Lunatic asylums Bombay report 1891-1903 - 1891-1903
Year: 1891
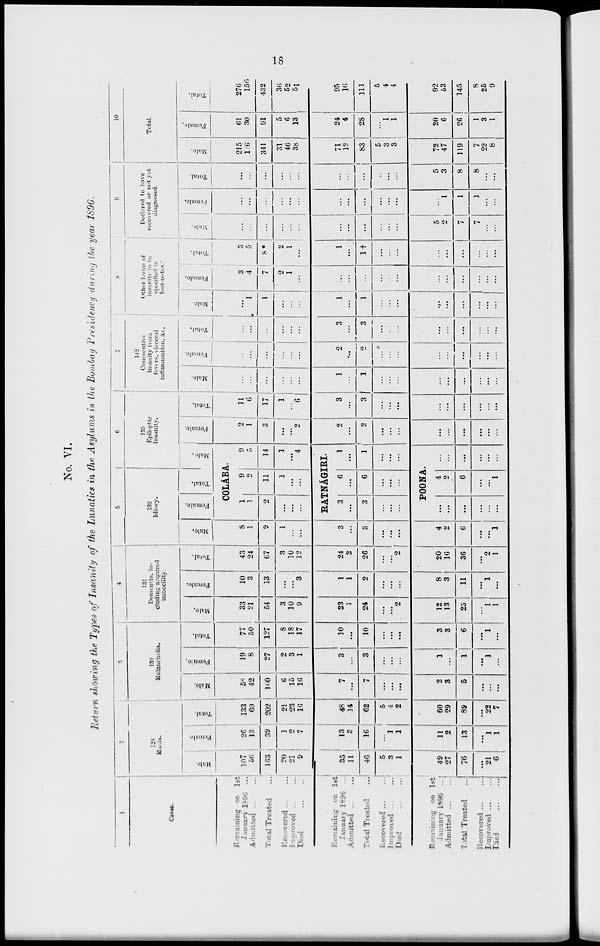
18
No. VI.
Return showing the Types of Insanity of the Lunatics in the Asylums in the Bombay Presidency during the year 1896.
1
Cases.
Remaining
on
1st
January 1896 ...
Admitted ... ...
Total Treated ...
Receivered ... ...
Improved ... ...
Died
...
...
Remaining on 1st
January 1896 ...
Admitted
...
...
Total Treated
...
Recovered ... ...
improved ... ...
Died
...
...
Remaining on 1st
January 1896
...
Admitted
...
...
Total Treated
...
Recovered
...
...
Improved
...
...
Died
...
...
2
129
Mania.
Male.
107
56
163
20
21
9
35
11
46
5
3
1
49
27
76
...
21
6
Female.
26
13
39
1
2
7
13 3
16
...
1
1
11
2
13
...
1
1
Total.
133
69
202
21
23
16
48
14
62
5
4
2
60
29
89
...
22
7
3
130
Melancholia.
Male.
58
42
100
6
15
16
7
...
7
...
...
...
2
3
5
...
...
...
Female.
19
8
27
2
3
1
3
...
3
...
...
...
1
...
1
...
1
...
Total.
77
50
127
8
18
17
10
...
10
...
...
...
3
3
6
...
1
...
4
131
Dementia, in-
cluding acquired
imbecility.
Male.
33
21
54
3
10
9
23
1
24
...
...
2
12
13
25
...
1
1
Female.
10
3
13
...
...
3
1
1
2
...
...
...
8
3
11
...
1
...
Total.
43
24
67
3
10
12
24
2
26
...
...
2
20
16
36
...
2
1
5
132
Idiocy.
Male.
8
1
9
1
...
...
3
...
3
...
...
...
4
2
6
...
...
1
Female.
Total.
6
135
Epileptic
Insanity.
Male.
COLÁBA.
1
1
2
...
...
...
9
2
11
1
...
...
9
5
14
1
...
4
RATNÁGIRI.
3
...
3
...
...
...
6
...
6
...
...
...
1
...
1
...
...
...
POONA.
...
...
...
...
...
...
4
2
6
...
...
1
...
...
...
...
...
...
Female.
2
1
3
...
...
2
2
...
2
...
...
...
...
...
...
...
...
...
Total.
11
6
17
1
...
6
3
...
3
...
...
...
...
...
...
...
...
...
7
142
Consecutive
insanity from
fevers, visceral
inflammation, &c.
Male.
...
...
...
...
...
...
1
...
1
...
...
...
...
...
...
...
...
...
Female.
...
...
...
...
...
...
2
...
2
...
...
...
...
...
...
...
...
...
Total.
...
...
...
...
...
...
3
...
3
...
...
...
...
...
...
...
...
...
8
Other forms of
insanity to be
specified in
foot-notes.
Male.
...
1
1
...
...
...
1
...
1
...
...
...
...
...
...
...
...
...
Female.
3
4
7
2
1
...
...
...
...
...
...
...
...
...
...
...
...
...
Total.
3
5
8*
2
1
...
1
...
1†
...
...
...
...
...
...
...
...
...
9
Declared to have
recovered or not yet
diagnosed.
Male.
...
...
...
...
...
...
...
...
...
...
... ...
...
5
2
7
7
...
...
Female.
...
...
...
...
...
...
...
...
...
...
...
...
...
1
1
1
...
...
Total.
...
...
...
...
...
...
...
...
...
...
...
5
3
8
8
...
...
10
Total.
Male.
215
126
341
31
46
38
71
12
83
5
3
3
72
47
119
7
22
8
Female.
61
30
91
5
6
13
24
4
28
...
1
1
20
6
26
1
3
1
Total.
276
156
432
36
52
51
95
16
111
5
4
4
92
53
145
8
25
9